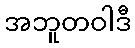
အဘူတဝါဒီ